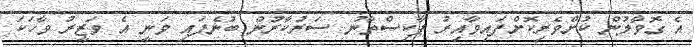
އެ ގޮވާލުން ކުށްވެރިކޮށްފައިވާއިރު ޕާކިސްތާނު ސަރުކާރުން ބުނެފައި ވަނީ އެ ވަޒީރު ވާހަކަ